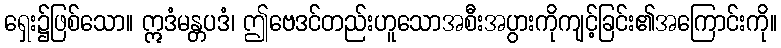
ရှေး၌ဖြစ်သော။ ဣဒံမန္တပဒံ၊ ဤဗေဒင်တည်းဟူသောအစီးအပွားကိုကျင့်ခြင်း၏အကြောင်းကို။